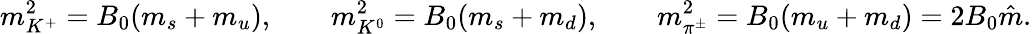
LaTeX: m_{K^{+}}^{2}=B_{0}(m_{s}+m_{u}),\qquad m_{K^{0}}^{2}=B_{0}(m_{s}+m_{d}),\qquad m_{\pi^{\pm}}^{2}=B_{0}(m_{u}+m_{d})=2B_{0}\hat{m}.